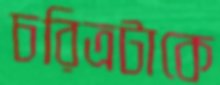
চরিত্রটাকে